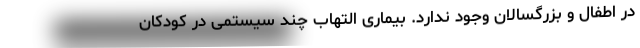
در اطفال و بزرگسالان وجود ندارد. بیماری التهاب چند سیستمی در کودکان